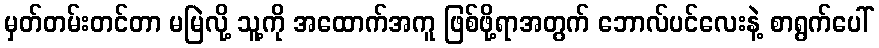
မှတ်တမ်းတင်တာ မမြဲလို့ သူ့ကို အထောက်အကူ ဖြစ်ဖို့ရာအတွက် ဘောလ်ပင်လေးနဲ့ စာရွက်ပေါ်